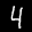
Label: 4